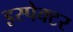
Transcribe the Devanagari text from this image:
इस्पेक्टर